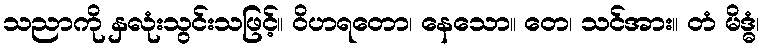
သညာကို နှလုံးသွင်းသဖြင့်။ ဝိဟရတော၊ နေသော။ တေ၊ သင်အား။ တံ မိဒ္ဓံ၊